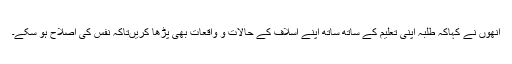
انھوں نے کہاکہ طلبہ اپنی تعلیم کے ساتھ ساتھ اپنے اسلاف کے حالات و واقعات بھی پڑھا کریںتاکہ نفس کی اصلاح ہو سکے۔